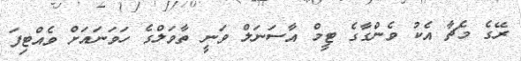
ރޭގެ މެޗާ އެކު ވެންގާގެ ޓީމް އާސަނަލް ވަނީ ތާވަލްގެ ހަވަނައަށް ވެއްޓިފަ